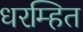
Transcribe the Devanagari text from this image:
धरम्हित